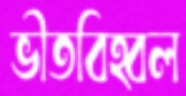
ভীতবিহ্বল